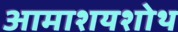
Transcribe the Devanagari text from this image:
आमाशयशोथ